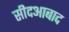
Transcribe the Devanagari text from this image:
सीदआबाद